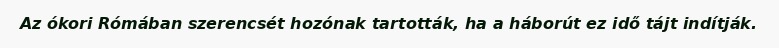
Az ókori Rómában szerencsét hozónak tartották, ha a háborút ez idő tájt indítják.